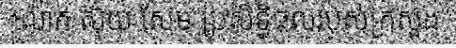
លោក ស៊ុយ សែម ប្រសិទ្ធិផលរបស់ក្រសួង